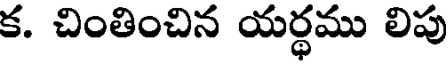
క. చింతించిన యర్థము లిపు